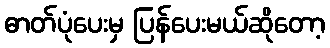
ဓာတ်ပုံပေးမှ ပြန်ပေးမယ်ဆိုတော့